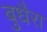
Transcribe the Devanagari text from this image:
बुधैरा